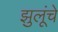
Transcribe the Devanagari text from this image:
झुलूंचे